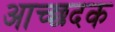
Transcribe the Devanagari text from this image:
आच्छदक